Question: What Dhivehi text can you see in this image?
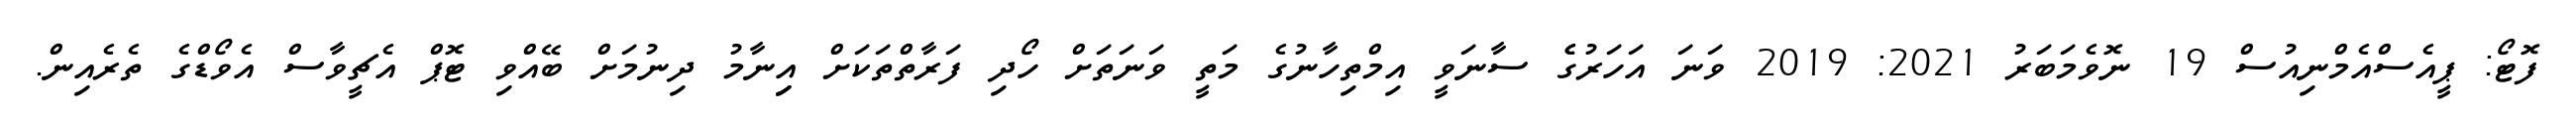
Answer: ފޮޓޯ: ޕީއެސްއެމްނިއުސް 19 ނޮވެމަބަރު 2021: 2019 ވަނަ އަހަރުގެެ ސާނަވީ އިމްތިހާނުގެ މަތީ ވަނަތަށް ހޯދި ފަރާތްތަކަށް އިިނާމު ދިނުމަށް ބޭއްވި ޓޮޕް އެޗީވާސް އެވޯޑްގެ ތެރެއިން.